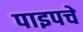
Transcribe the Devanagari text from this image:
पाइपचे